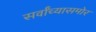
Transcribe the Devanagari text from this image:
सर्वांच्यासमोर